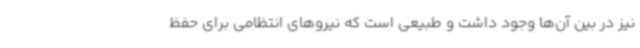
نیز در بین آن‌ها وجود داشت و طبیعی است که نیروهای انتظامی برای حفظ